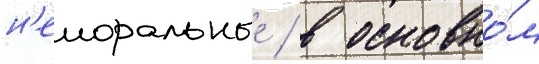
н'еморальные / в основно́м